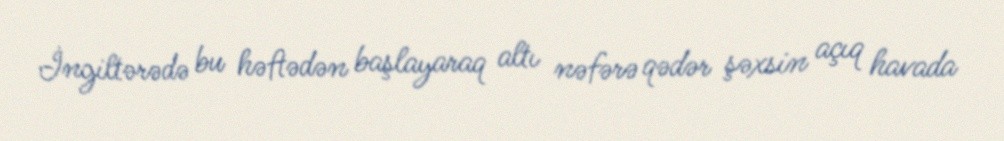
İngiltərədə bu həftədən başlayaraq altı nəfərə qədər şəxsin açıq havada